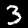
Digit: 3